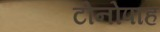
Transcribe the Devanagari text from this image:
टोनोपाह